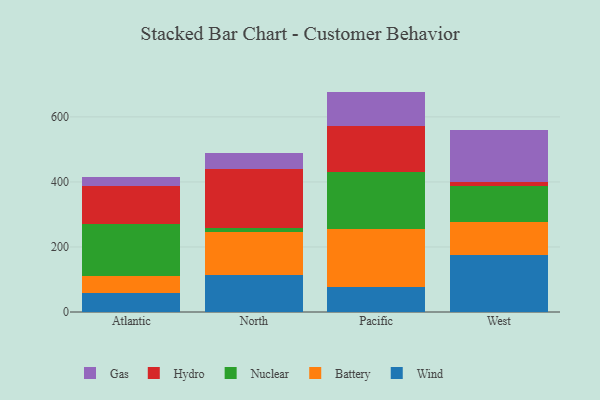
{"axis": {"x": "Region", "y": "Market Share (%)"}, "legend": ["Battery", "Gas", "Hydro", "Nuclear", "Wind"], "data": [{"x": "Atlantic", "y": 57.4, "type": "Wind"}, {"x": "Atlantic", "y": 52.1, "type": "Battery"}, {"x": "Atlantic", "y": 160.6, "type": "Nuclear"}, {"x": "Atlantic", "y": 117.3, "type": "Hydro"}, {"x": "Atlantic", "y": 28.3, "type": "Gas"}, {"x": "North", "y": 112.8, "type": "Wind"}, {"x": "North", "y": 131.9, "type": "Battery"}, {"x": "North", "y": 14.8, "type": "Nuclear"}, {"x": "North", "y": 179.5, "type": "Hydro"}, {"x": "North", "y": 48.7, "type": "Gas"}, {"x": "Pacific", "y": 75.8, "type": "Wind"}, {"x": "Pacific", "y": 179.8, "type": "Battery"}, {"x": "Pacific", "y": 175.7, "type": "Nuclear"}, {"x": "Pacific", "y": 140.3, "type": "Hydro"}, {"x": "Pacific", "y": 106.2, "type": "Gas"}, {"x": "West", "y": 176.0, "type": "Wind"}, {"x": "West", "y": 100.9, "type": "Battery"}, {"x": "West", "y": 109.3, "type": "Nuclear"}, {"x": "West", "y": 12.8, "type": "Hydro"}, {"x": "West", "y": 159.2, "type": "Gas"}]}